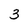
Character: 3